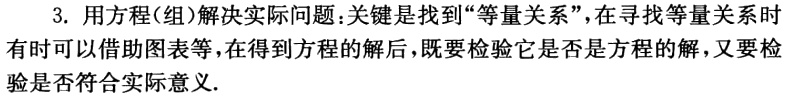
3. 用方程(组)解决实际问题:关键是找到“等量关系”，在寻找等量关系时有时可以借助图表等，在得到方程的解后，既要检验它是否是方程的解，又要检验是否符合实际意义.